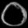
Digit: ၀